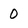
Character: O